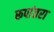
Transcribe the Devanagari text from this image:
रूपांतरा